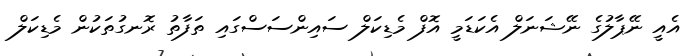
އެއީ ނޭޕާލުގެ ނޭޝަނަލް އެކަޑަމީ އޮފް މެޑިކަލް ސައިންސަސްގައި ތަފާތު ރޮނގުތަކުން މެޑިކަލް